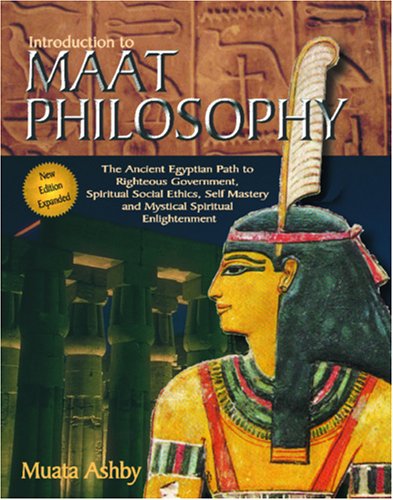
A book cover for Inroduction to Maat Philosophy (Spiritual Enlightenment Through the Path of Virtue); Muata Ashby; History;